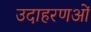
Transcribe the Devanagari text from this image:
उदाहरणओं